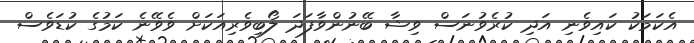
އެކަމަކު ކައިވެނި އަދި ކުރެވުނަސް ވިޝާ ބޭނުންވާފަދަ ލޯބިވެރިއަކަށް ވެވޭނެ ކަމުގެ ކުޑަވެސް